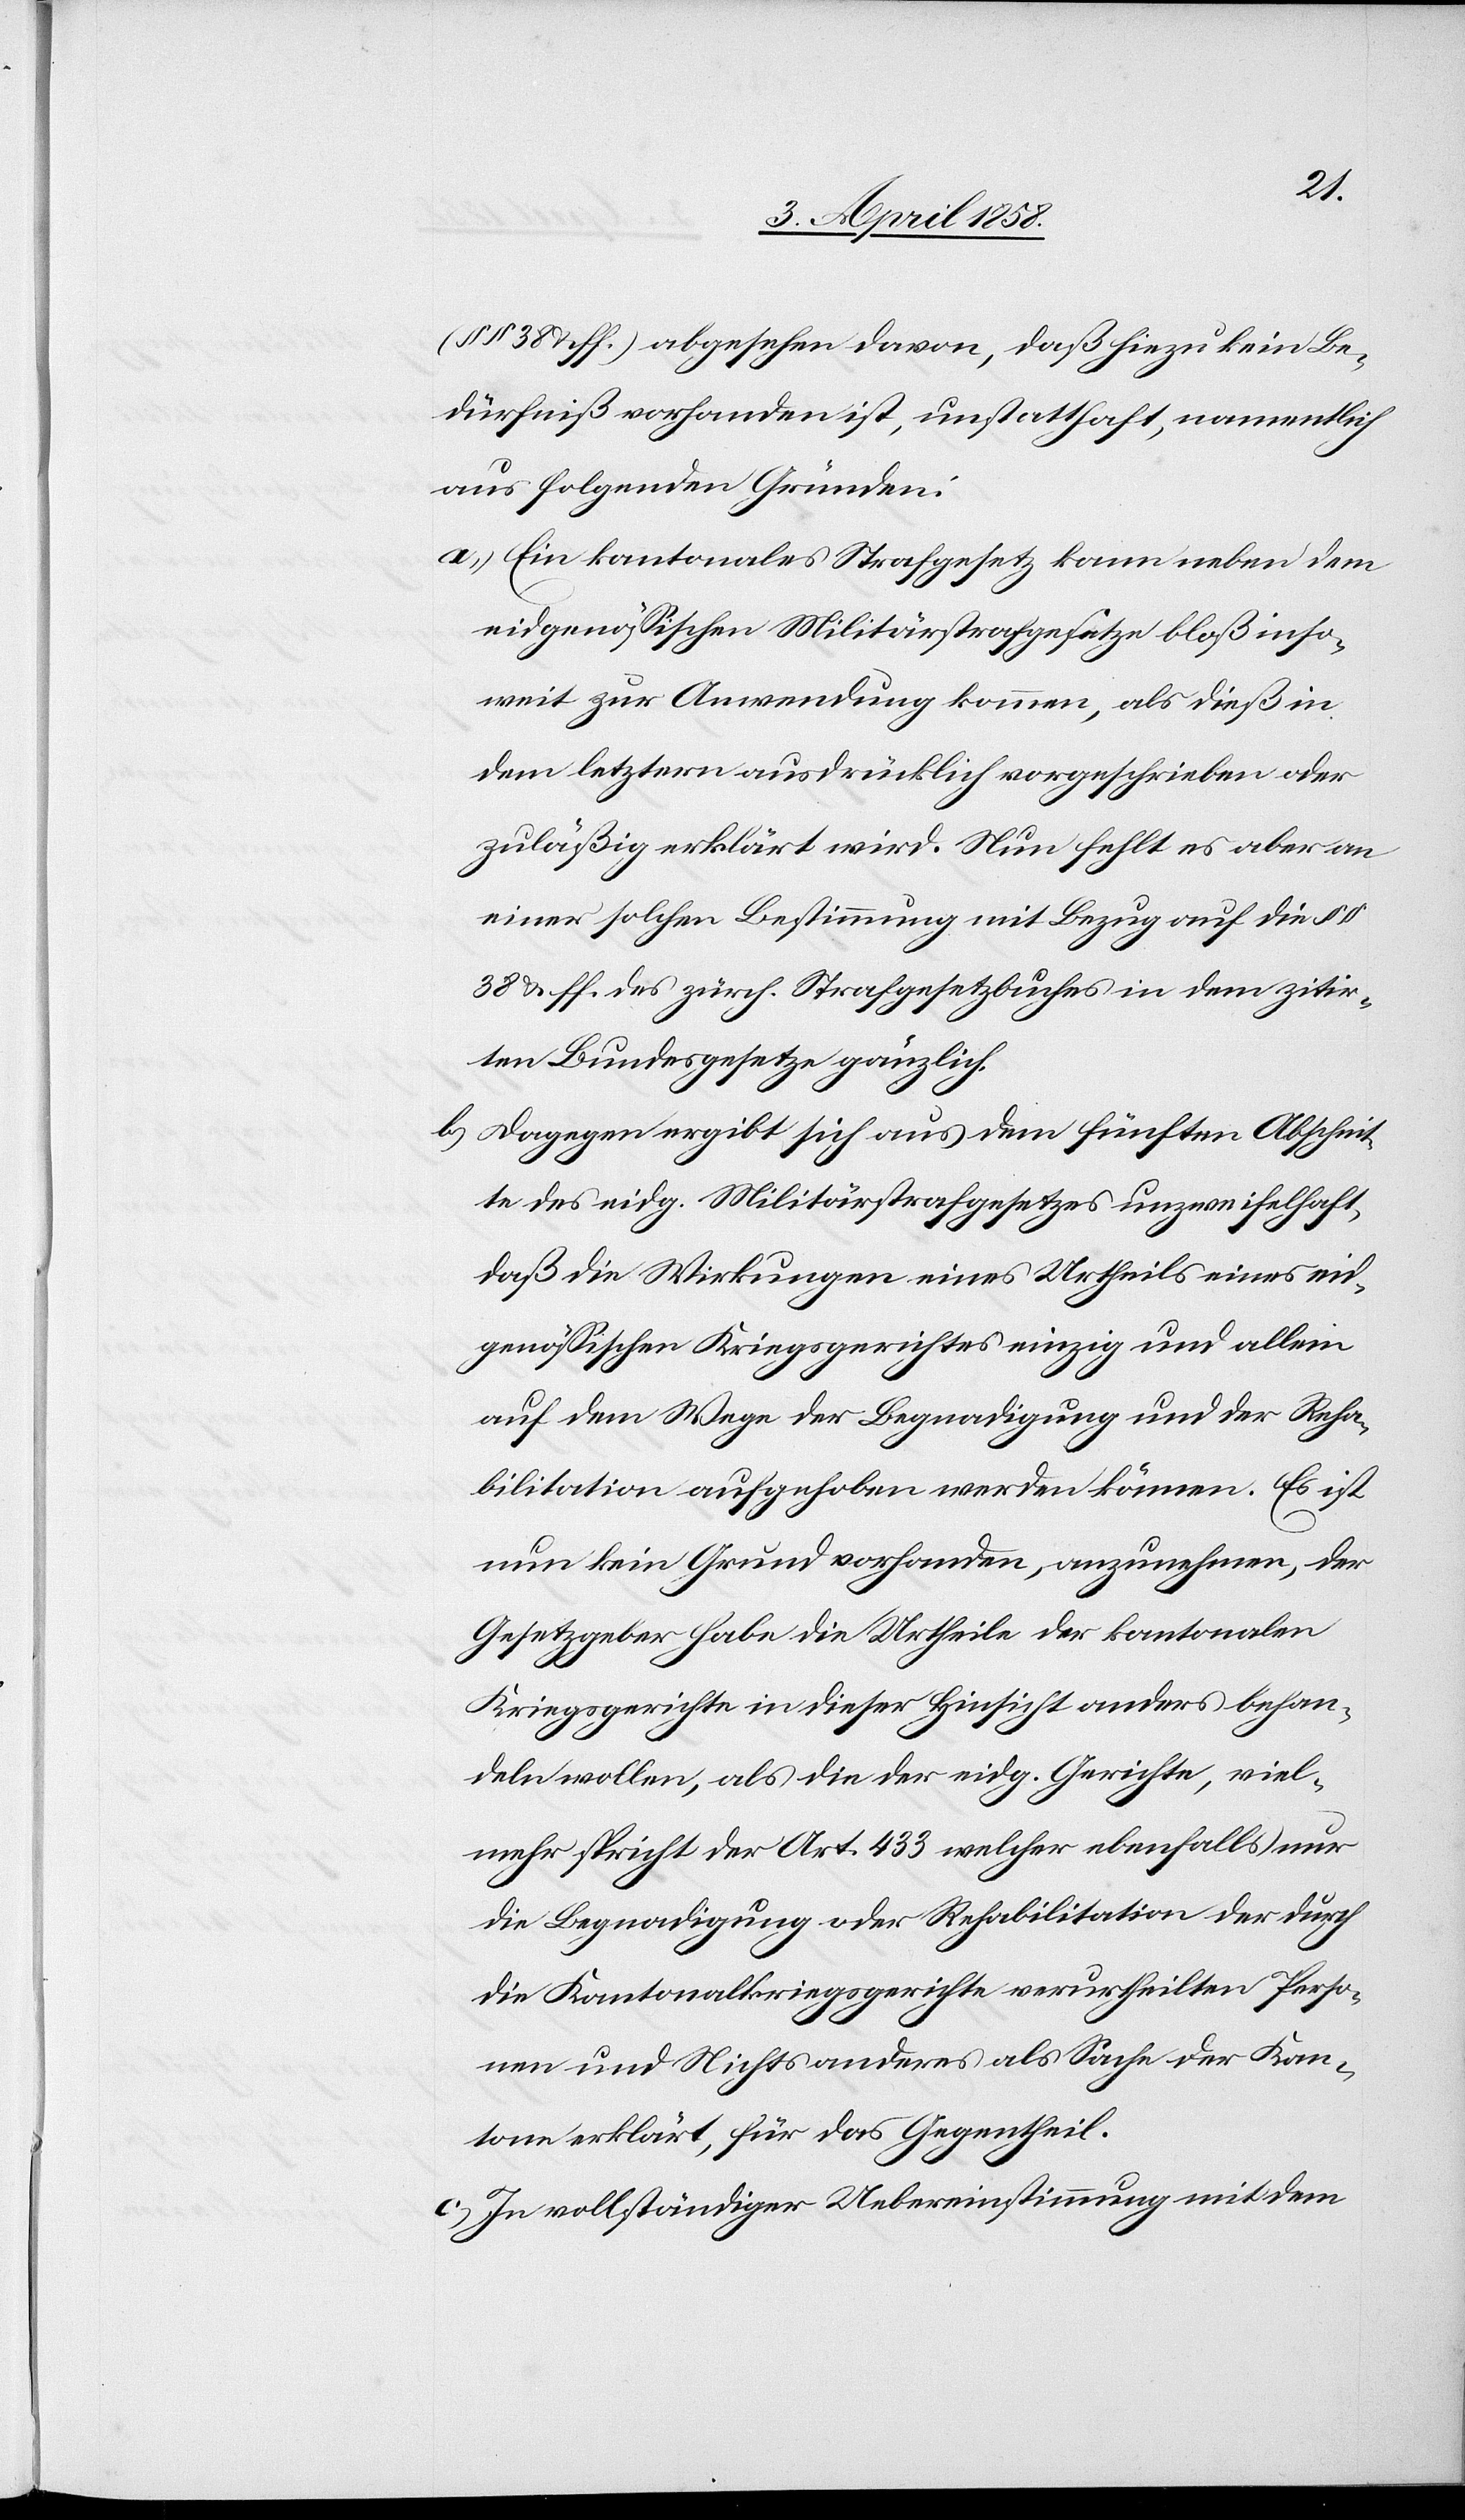
(§§ 38 uff.) abgesehen davon, daß hiezu kein Be¬
dürfniß vorhanden ist, unstatthaft, namentlich
aus folgenden Gründen:
a) Ein kantonales Strafgesetz kann neben dem
eidgenössischen Militärstrafgesetze bloß inso¬
weit zur Anwendung kommen, als dieß in
dem letztern ausdrücklich vorgeschrieben oder
zuläßig erklärt wird. Nun fehlt es aber an
einer solchen Bestimmung mit Bezug auf die §§
38 uff. des zürch. Strafgesetzbuches in dem zitir¬
ten Bundesgesetzes gänzlich.
b) Dagegen ergibt sich aus dem fünften Abschnit¬
te des eidg. Militärstrafgesetzes unzweifelhaft,
daß die Wirkungen eines Urtheils eines eid¬
genössischen Kreisgerichtes einzig und allein
auf dem Wege der Begnadigung und der Reha¬
bilitation aufgehoben werden können. Es ist
nun kein Grund vorhanden, anzunehmen, der
Gesetzgeber habe die Urtheile der kantonalen
Kriegsgerichte in dieser Hinsicht anders behan¬
deln wollen, als die der eidg. Gerichte, viel¬
mehr spricht der Art. 433 welcher ebenfalls nur
die Begnadigung oder Rehabilitation der durch
die Kantonalkriegsgerichte verurtheilten Perso¬
nen und Nichts anderes als Sache der Kan¬
tone erklärt, für das Gegentheil.
c) In vollständiger Uebereinstimmung mit dem